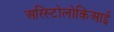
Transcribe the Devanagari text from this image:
अरिस्टोलोकिआई